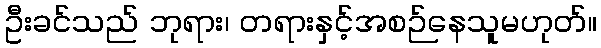
ဦးခင်သည် ဘုရား၊ တရားနှင့်အစဉ်နေသူမဟုတ်။